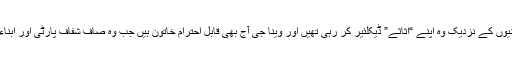
وینا جی تب بھی قابل احترام خاتون تھیں جب انہی پاکستانیوں کے نزدیک وہ اپنے “اثاثے” ڈیکلئیر کر رہی تھیں اور وینا جی آج بھی قابل احترام خاتون ہیں جب وہ صاف شفاف پارٹی اور ابناء العساکر کا مقدمہ مریم نواز کو نشانہ بنا کر لڑ رہی ہیں۔